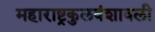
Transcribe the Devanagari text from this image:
महाराष्ट्रकुलवंशावली